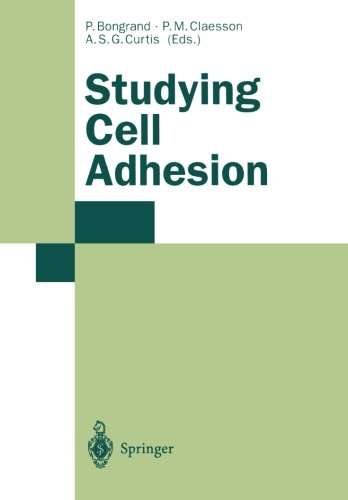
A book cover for Studying Cell Adhesion; Medical Books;